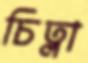
চিত্লা